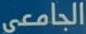
الجامعى